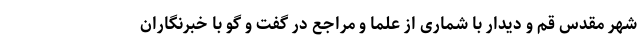
شهر مقدس قم و دیدار با شماری از علما و مراجع در گفت و گو با خبرنگاران